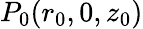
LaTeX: P_{0}(r_{0},0,z_{0})